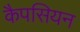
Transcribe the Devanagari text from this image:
कैपसियन